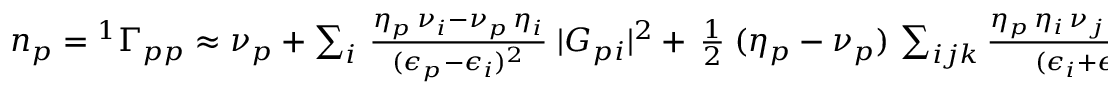
\begin{array} { r } { n _ { p } = { ^ { 1 } \Gamma } _ { p p } \approx \nu _ { p } + \sum _ { i } \, \frac { \eta _ { p } \, \nu _ { i } - \nu _ { p } \, \eta _ { i } } { ( \epsilon _ { p } - \epsilon _ { i } ) ^ { 2 } } \; | G _ { p i } | ^ { 2 } + \, \frac { 1 } { 2 } \; ( \eta _ { p } - \nu _ { p } ) \, \sum _ { i j k } \frac { \eta _ { p } \, \eta _ { i } \, \nu _ { j } \, \nu _ { k } + \nu _ { p } \, \nu _ { i } \, \eta _ { j } \, \eta _ { k } } { ( \epsilon _ { i } + \epsilon _ { p } - \epsilon _ { j } - \epsilon _ { k } ) ^ { 2 } } \; | \mathfrak { g } _ { i p j k } | ^ { 2 } \, . } \end{array}